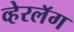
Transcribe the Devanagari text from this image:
व्हेरलॅग